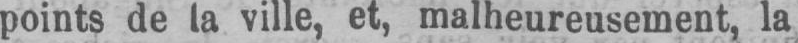
points de la ville, et, malheureusement, la